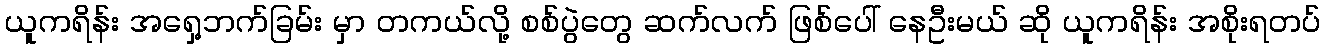
ယူကရိန်း အရှေ့ဘက်ခြမ်း မှာ တကယ်လို့ စစ်ပွဲတွေ ဆက်လက် ဖြစ်ပေါ် နေဦးမယ် ဆို ယူကရိန်း အစိုးရတပ်